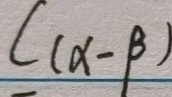
C ( \alpha - \beta )